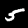
Label: 5